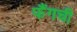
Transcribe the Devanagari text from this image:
फैंगची